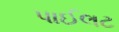
પાઈલટ